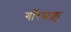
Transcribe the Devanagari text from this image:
गरिसक्नु